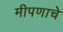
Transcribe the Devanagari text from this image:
मीपणाचे